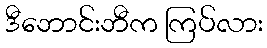
ဒီဘောင်းဘီက ကြပ်လား